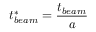
t _ { b e a m } ^ { * } = \frac { t _ { b e a m } } { a }